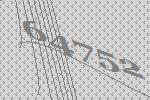
64752